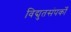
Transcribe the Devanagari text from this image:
विद्युतसंपर्कों